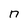
Character: n